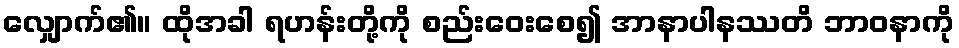
လျှောက်၏။ ထိုအခါ ရဟန်းတို့ကို စည်းဝေးစေ၍ အာနာပါနဿတိ ဘာဝနာကို